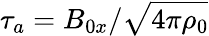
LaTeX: \tau_{a}=B_{0x}/\sqrt{4\pi\rho_{0}}